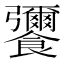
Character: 𮩚